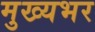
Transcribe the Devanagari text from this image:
मुख्यभर